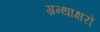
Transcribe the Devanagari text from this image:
ग्रन्थाक्षरों